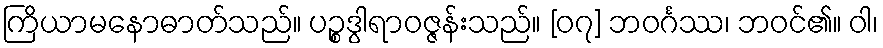
ကြိယာမနောဓာတ်သည်။ ပဉ္စဒွါရာဝဇ္ဇန်းသည်။ [၀၇] ဘဝင်္ဂဿ၊ ဘဝင်၏။ ဝါ၊